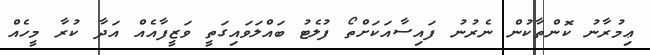
ޢިމުރާނު ކޮންތާކުން ނެރުނު ފައިސާއަކަށްތޯ ފުލެޓު ބައްލަވައިގަތީ ވަޒީފާއެއް އަދާ ކުރާ މީހެއް